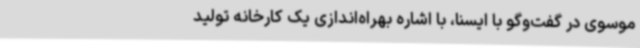
موسوی در گفت‌وگو با ایسنا، با اشاره بهراه‌اندازی یک کارخانه تولید